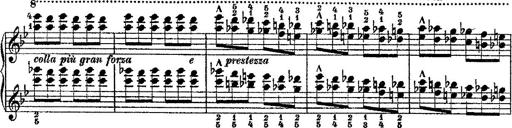
Title: Fantaisie romantique sur deux mÃ©lodies suisses
Composer: Franz Liszt